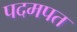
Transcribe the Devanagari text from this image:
पदमपत